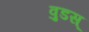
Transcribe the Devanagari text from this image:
वुडस्